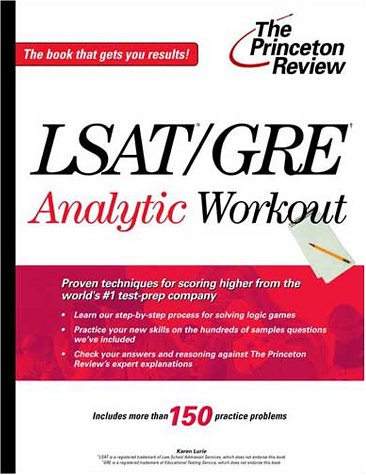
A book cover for LSAT / GRE Analytic Workout; Karen Lurie; Test Preparation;